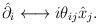
LaTeX: \begin{align*}\hat{\partial_i} \longleftrightarrow i\theta_{ij}\hat{x}_j.\end{align*}